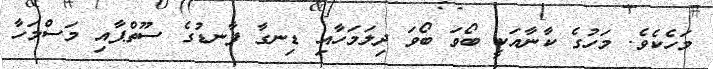
މަހެކެވެ. މަހުގެ ކާނާއަކީ ބޯވަ ބޯވަ ދިލަމަހާއި ޑިނގާ ފާނޑުގެ ސޫތްޕާއި މަސްމަހާ